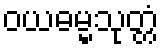
ဝယဓမ္မသုတ္တံ